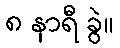
၈ နာရီ ခွဲ။